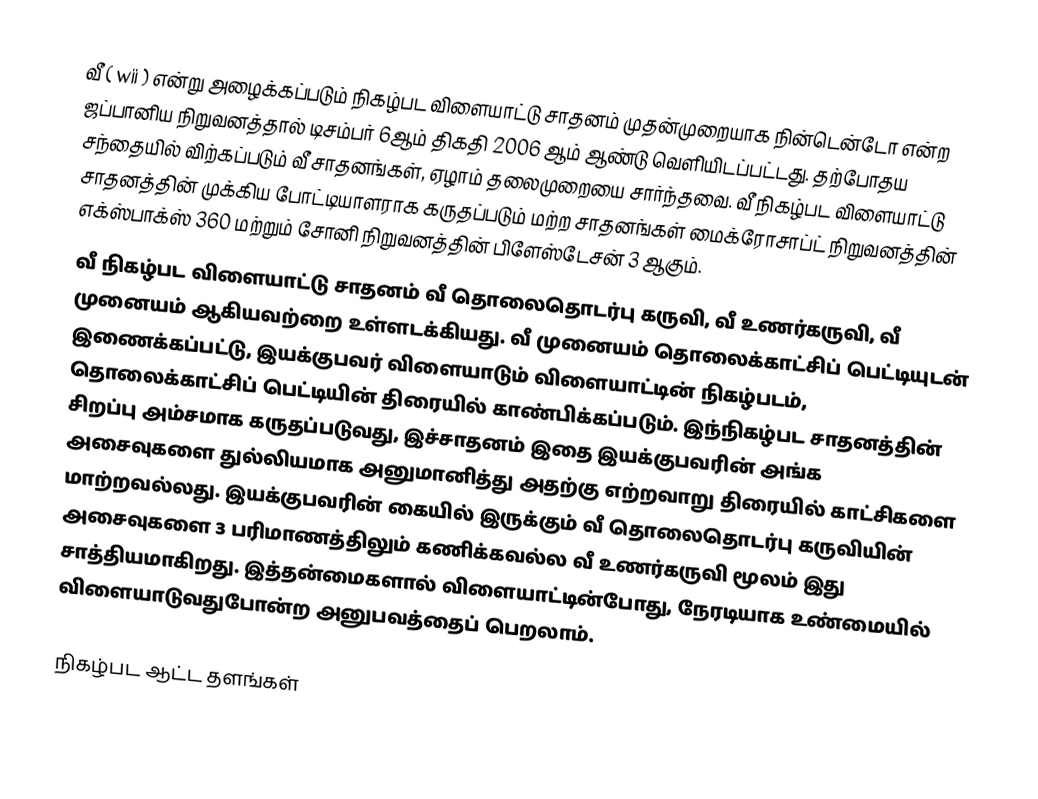
வீ ( wii ) என்று அழைக்கப்படும் நிகழ்பட விளையாட்டு சாதனம் முதன்முறையாக நின்டென்டோ என்ற ஜப்பானிய நிறுவனத்தால் டிசம்பர் 6ஆம் திகதி 2006 ஆம் ஆண்டு வெளியிடப்பட்டது. தற்போதய சந்தையில் விற்கப்படும் வீ சாதனங்கள், ஏழாம் தலைமுறையை சார்ந்தவை. வீ நிகழ்பட விளையாட்டு சாதனத்தின் முக்கிய போட்டியாளராக கருதப்படும் மற்ற சாதனங்கள்  மைக்ரோசாப்ட் நிறுவனத்தின் எக்ஸ்பாக்ஸ் 360 மற்றும் சோனி நிறுவனத்தின் பிளேஸ்டேசன் 3 ஆகும்.
வீ நிகழ்பட விளையாட்டு சாதனம் வீ தொலைதொடர்பு கருவி, வீ உணர்கருவி, வீ முனையம் ஆகியவற்றை உள்ளடக்கியது. வீ முனையம் தொலைக்காட்சிப் பெட்டியுடன் இணைக்கப்பட்டு, இயக்குபவர் விளையாடும் விளையாட்டின் நிகழ்படம், தொலைக்காட்சிப் பெட்டியின் திரையில் காண்பிக்கப்படும்.  இந்நிகழ்பட சாதனத்தின் சிறப்பு அம்சமாக கருதப்படுவது, இச்சாதனம் இதை இயக்குபவரின் அங்க அசைவுகளை துல்லியமாக அனுமானித்து அதற்கு எற்றவாறு திரையில் காட்சிகளை மாற்றவல்லது. இயக்குபவரின் கையில் இருக்கும் வீ தொலைதொடர்பு கருவியின் அசைவுகளை 3 பரிமாணத்திலும் கணிக்கவல்ல வீ உணர்கருவி மூலம் இது சாத்தியமாகிறது. இத்தன்மைகளால் விளையாட்டின்போது, நேரடியாக உண்மையில் விளையாடுவதுபோன்ற அனுபவத்தைப் பெறலாம்.

நிகழ்பட ஆட்ட தளங்கள்